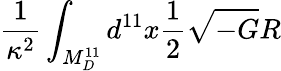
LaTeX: \frac{1}{\kappa^{2}}\int_{M_{D}^{11}}d^{11}x\frac{1}{2}\sqrt{-G}R